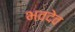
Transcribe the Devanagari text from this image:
भवदेव